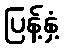
ပြန့်နှံ့